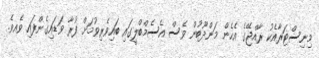
މިނިސްޓަރާއެކު ރާއްޖޭގެ އެހެން މަންދޫބުން ވެސް އެސެމްބްލީގައި ބައިވެރިވުމަށް ފުރާ ވަޑައިގެންފައި ވެއވެ.